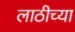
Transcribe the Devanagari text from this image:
लाठीच्या